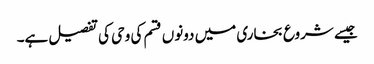
جیسے شروع بخاری میں دونوں قسم کی وحی کی تفصیل ہے۔